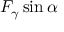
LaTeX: F _ { \gamma } \sin \alpha